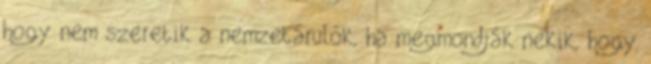
hogy nem szeretik a nemzetárulók, ha megmondják nekik, hogy